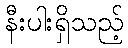
နီးပါးရှိသည့်